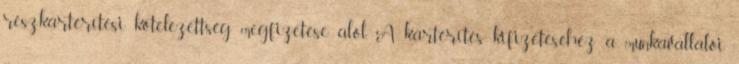
részkártérítési kötelezettség megfizetése alól. A kártérítés kifizetéséhez a munkavállalói